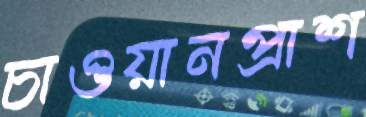
চাওয়ানপ্রাশ